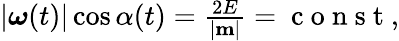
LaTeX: \begin{array}{r}{|\boldsymbol{\omega}(t)|\cos\alpha(t)=\frac{2E}{|{\mathbf m}|}=\mathrm{~c~o~n~s~t~},}\end{array}